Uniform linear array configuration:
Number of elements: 48
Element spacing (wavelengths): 0.25
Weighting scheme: hann
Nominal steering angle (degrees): -30
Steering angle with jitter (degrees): -31.799
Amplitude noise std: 0.05
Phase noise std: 0.05

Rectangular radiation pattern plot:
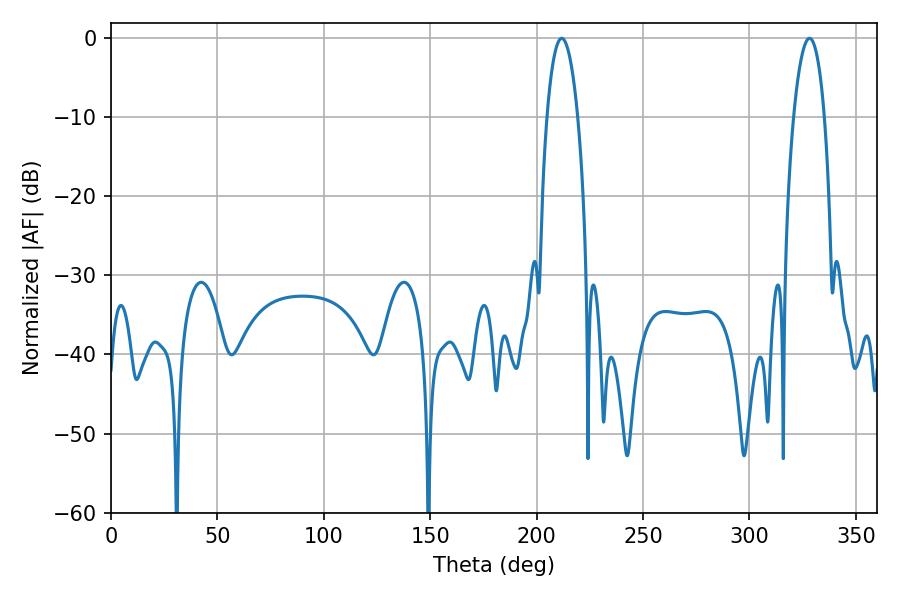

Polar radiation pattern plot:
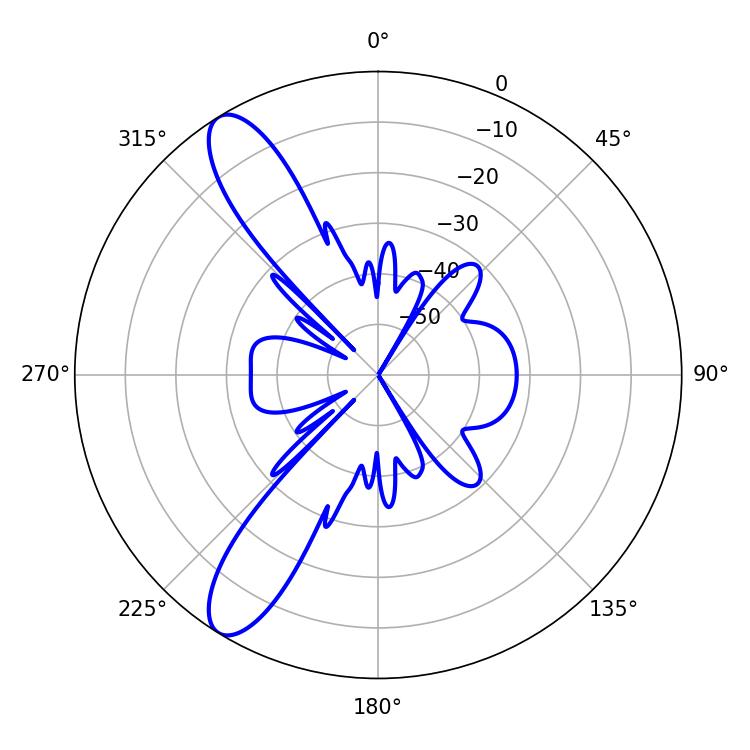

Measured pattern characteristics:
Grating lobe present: FALSE
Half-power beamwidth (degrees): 7.92
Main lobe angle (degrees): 211.86